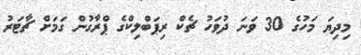
މިދިޔަ މަހުގެ 30 ވަނަ ދުވަހު ޗެކް ރިޕަބްލިކްގެ ޕްރާގުން ގަމަށް ޗާޓަރު